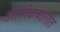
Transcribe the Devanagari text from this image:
उत्तरवेदाकालांत